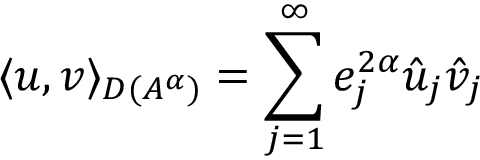
\langle u , v \rangle _ { D ( A ^ { \alpha } ) } = \sum _ { j = 1 } ^ { \infty } e _ { j } ^ { 2 \alpha } \Hat { u } _ { j } \Hat { v } _ { j }